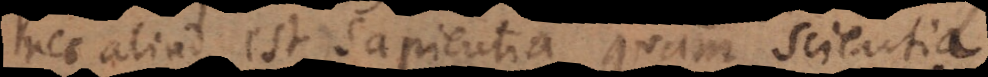
nec aliud est sapientia, quam scientia